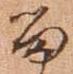
留